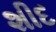
શીદ